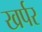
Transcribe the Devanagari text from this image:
खर्पर